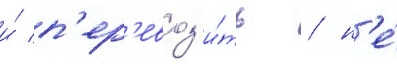
и́ п'ер'евоз'и́ть / н'е́